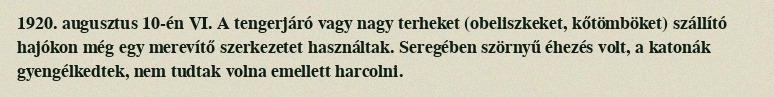
1920. augusztus 10-én VI. A tengerjáró vagy nagy terheket (obeliszkeket, kőtömböket) szállító hajókon még egy merevítő szerkezetet használtak. Seregében szörnyű éhezés volt, a katonák gyengélkedtek, nem tudtak volna emellett harcolni.